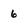
Character: 6